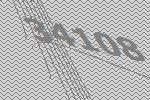
34108